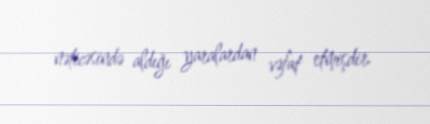
nəticəsində aldığı yaralardan vəfat etmişdir.